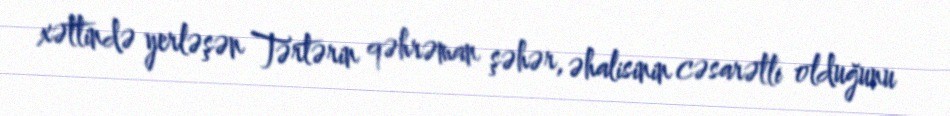
xəttində yerləşən Tərtərin qəhrəman şəhər, əhalisinin cəsarətli olduğunu